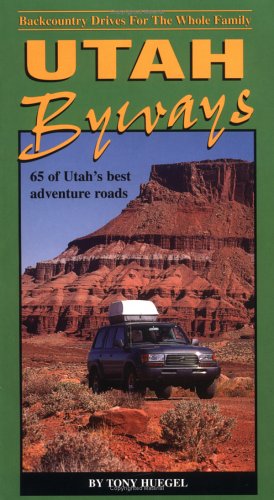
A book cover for Utah Byways: 65 Backcountry Drives For The Whole Family, including Moab, Canyonlands, Arches, Capitol Reef, San Rafael Swell and Glen Canyon; Tony Huegel; Travel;